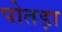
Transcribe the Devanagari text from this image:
पोतड़ा